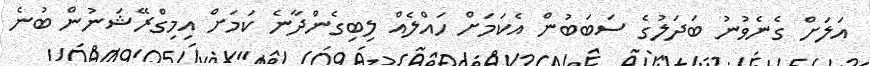
އަލަށް ގެނެވުނު ބަދަލުގެ ސަބަބުން އެކަމަށް ހައްލެއް ލިބިގެންދާނެ ކަމަށް އިމިގްރޭޝަނުން ބުނެ